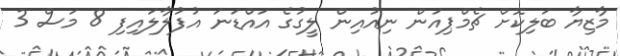
މާޒިޔާ ބަލިކޮށް ޗެމްޕިއަން ނިއުއިން ލީގުގެ އައްޑަނަ އުފުލާލައިފި 8 މަސް 3